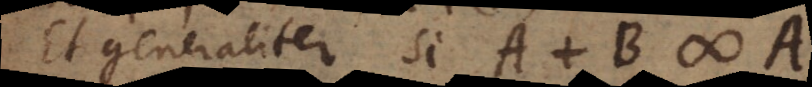
Et generaliter si A + B # A